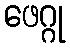
ဖေဂ္ဂု